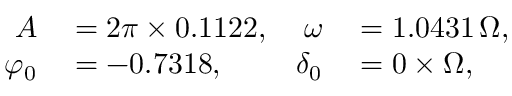
\begin{array} { r l r l } { A } & { { } = 2 \pi \times 0 . 1 1 2 2 , } & { \omega } & { { } = 1 . 0 4 3 1 \, \Omega , } \\ { \varphi _ { 0 } } & { { } = - 0 . 7 3 1 8 , } & { \delta _ { 0 } } & { { } = 0 \times \Omega , } \end{array}